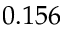
0 . 1 5 6